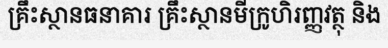
គ្រឹះស្ថានធនាគារ គ្រឹះស្ថានមីក្រូហិរញ្ញវត្ថុ និង